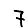
Digit: 7